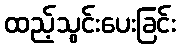
ထည့်သွင်းပေးခြင်း